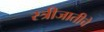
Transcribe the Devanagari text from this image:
स्त्रीजातीचे